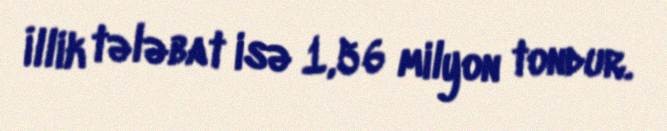
İllik tələbat isə 1,56 milyon tondur.